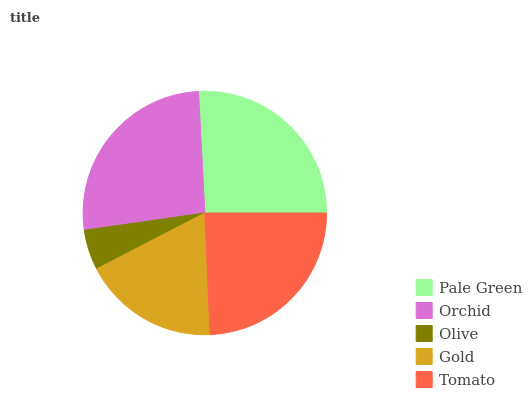
| Pale Green | Orchid | Olive | Gold | Tomato |
 | --- | --- | --- | --- | --- |
 | 25.8% | 26.4% | 5.33% | 18.1% | 24.3% |